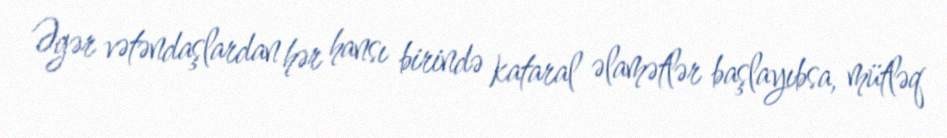
Əgər vətəndaşlardan hər hansı birində kataral əlamətlər başlayıbsa, mütləq